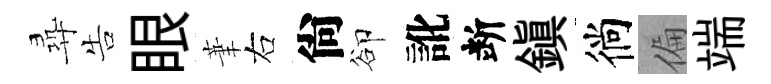
尋告眼茟右尙卻訛断鎮徜偏端